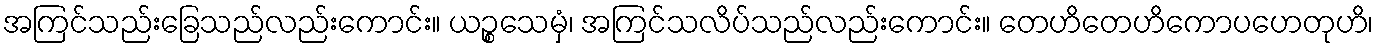
အကြင်သည်းခြေသည်လည်းကောင်း။ ယဉ္စသေမှံ၊ အကြင်သလိပ်သည်လည်းကောင်း။ တေဟိတေဟိကောပဟေတုဟိ၊